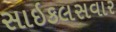
સાઇકલસવાર